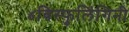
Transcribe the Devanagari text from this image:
४विस्फुलिंगिनी